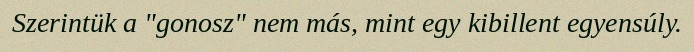
Szerintük a "gonosz" nem más, mint egy kibillent egyensúly.